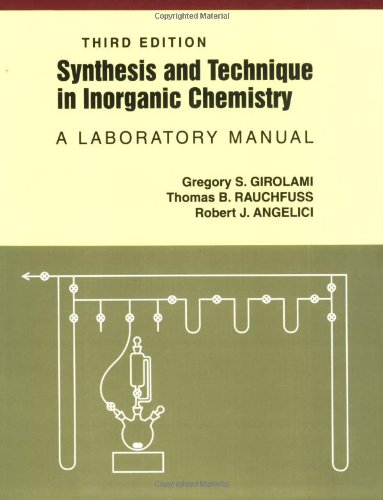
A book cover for Synthesis and Technique in Inorganic Chemistry: A Laboratory Manual; Gregory S. Girolami; Science & Math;